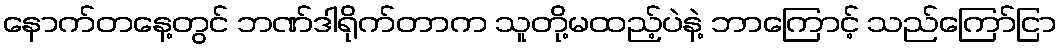
နောက်တနေ့တွင် ဘဏ်ဒါရိုက်တာက သူတို့မထည့်ပဲနဲ့ ဘာကြောင့် သည်ကြော်ငြာ